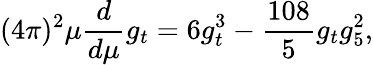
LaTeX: (4\pi)^{2}\mu\frac{d}{d\mu}g_{t}=6g_{t}^{3}-\frac{108}{5}g_{t}g_{5}^{2},